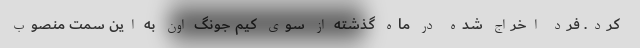
کرد. فرد اخراج شده در ماه گذشته از سوی کیم جونگ اون به این سمت منصوب